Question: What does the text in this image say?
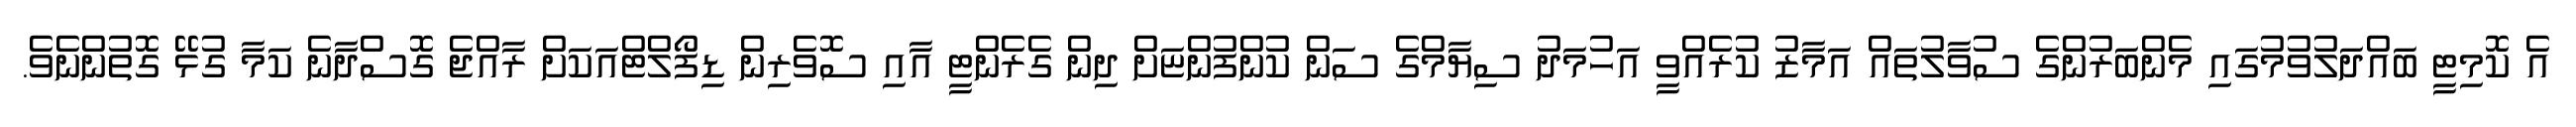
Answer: އެ ކޮމިޓީ ބައްދަލުވުމުގައި މެންބަރުންގެ ސުވާލުތައް އަމާޒު ކުރެއްވީ އަހުމަދު ސިޔާމްގެ ސަން ކުންފުންޏަށް ދިން ގެރެންޓީ އާއި ސޮވެރިން ޑިފޯލްޓްއަކަށް ރާއްޖެ ގޮސްދާނެ ކަމާ ގުޅޭ ގޮތުންނެވެ.